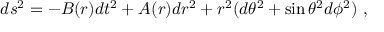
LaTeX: d s ^ { 2 } = - B ( r ) d t ^ { 2 } + A ( r ) d r ^ { 2 } + r ^ { 2 } ( d \theta ^ { 2 } + \sin \theta ^ { 2 } d \phi ^ { 2 } ) \ ,